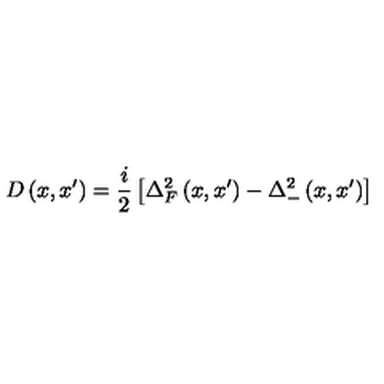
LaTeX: D \left( x , x ^ { \prime } \right) = \frac i 2 \left[ \Delta _ { F } ^ { 2 } \left( x , x ^ { \prime } \right) - \Delta _ { - } ^ { 2 } \left( x , x ^ { \prime } \right) \right]